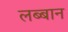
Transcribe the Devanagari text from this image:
लब्बान